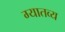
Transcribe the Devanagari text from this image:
ग्यातव्य